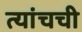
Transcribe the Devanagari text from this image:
त्यांचची